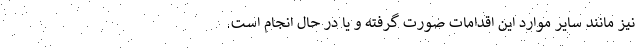
نیز مانند سایر موارد این اقدامات صورت گرفته و یا در حال انجام است.